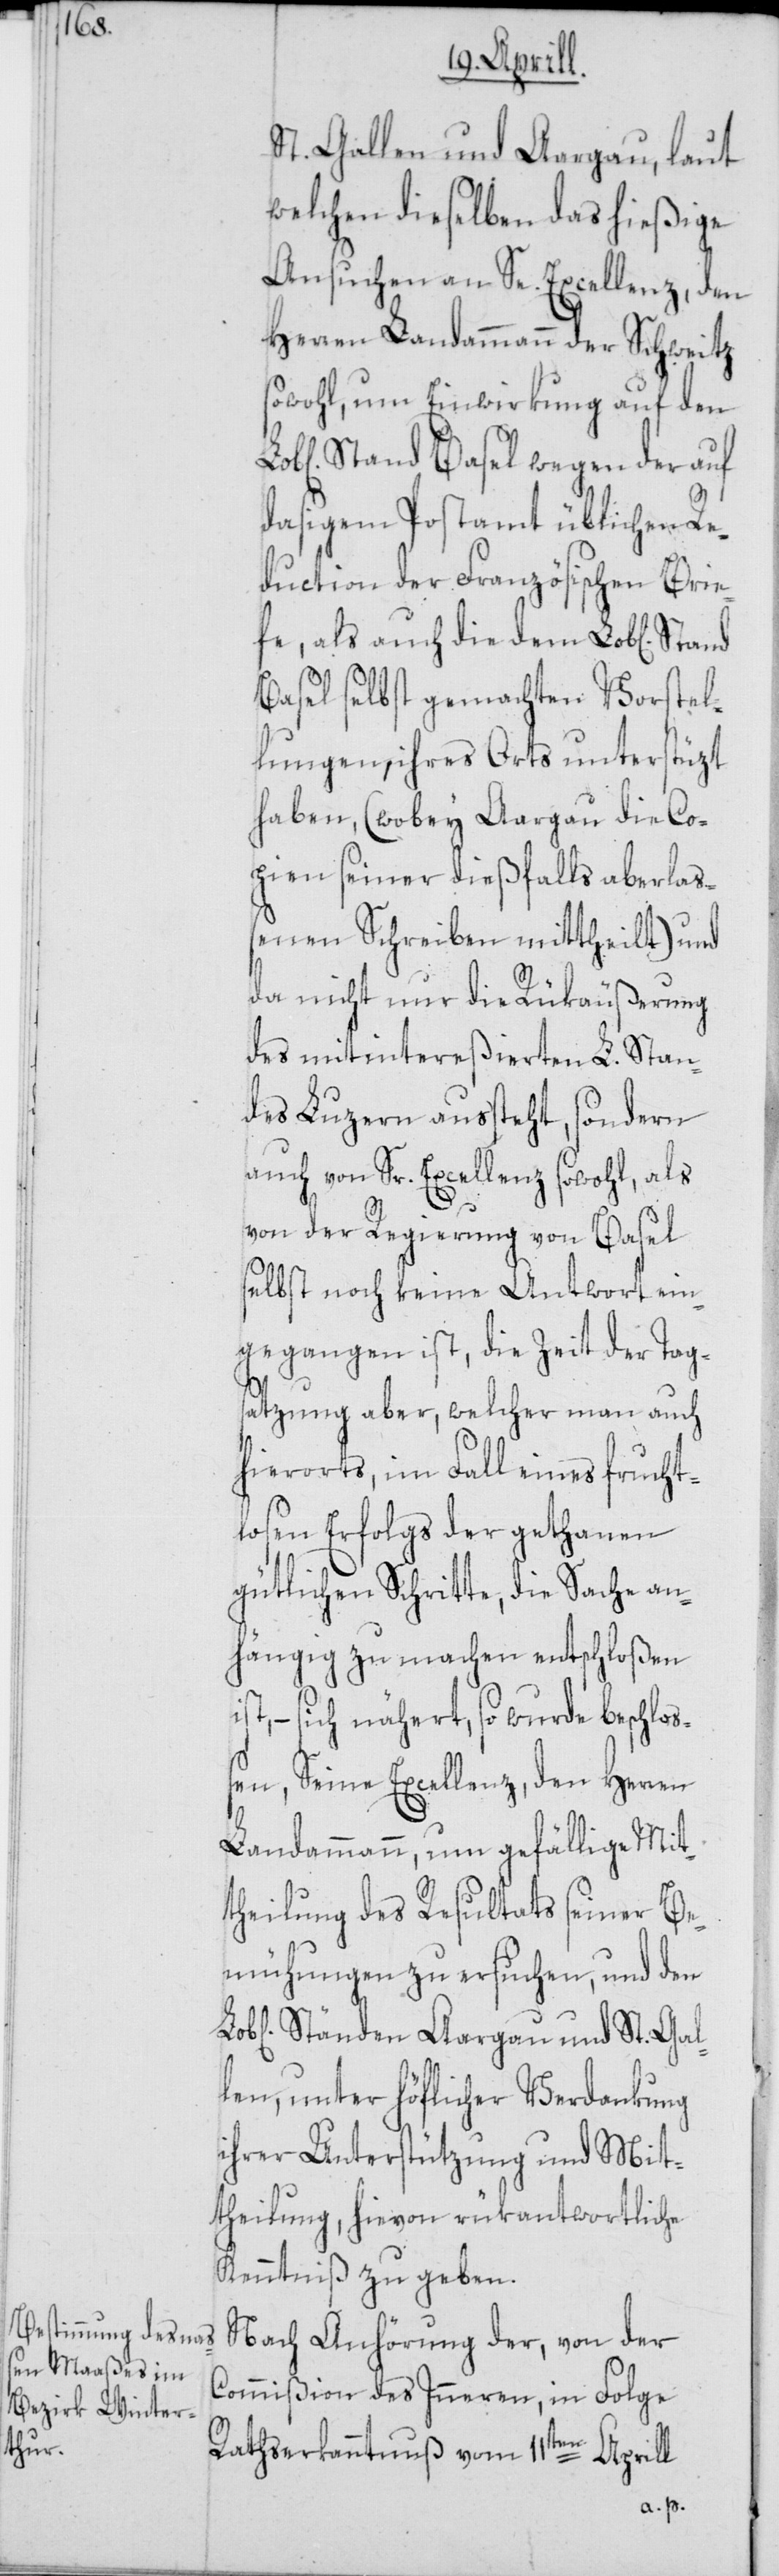
St. Gallen und Aargau, laut
welchen dieselben das hießige
ansuchen an Se. Excellenz, den
Herren Landammann der Schweitz
sowohl, um Einwirkung auf den
Stand Basel wegen der auf
dasigem Postamt üblichen Re¬
duction der Französischen Brie¬
fe, als auch die dem Lob[lichen]
Basel selbst gemachten Vorstel¬
lungen, ihres Orts unterstüzt
haben, (wobey Aargau die Co¬
pien seiner dießfalls aberlaß¬
enen Schreiben mittheilt) und
da nicht nur die Rükäußerung
des mitintereßierten L. Stan¬
des Luzern aussteht, sondern
auch von Sr. Excellenz sowohl, als
von der Regierung von Basel
selbst noch keine Antwort ein¬
gegangen ist, die Zeit der Tag¬
satzung aber, welcher man auch
hierorts, im Fall eines frucht¬
losen Erfolgs der gethanen
gütlichen Schritte, die Sache an¬
hängig zu machen entschloßen
ist, – sich nähert, so wurde beschloß¬
en, Seine Excellenz, den Herren
Landammann, um gefällige Mit¬
theilung des Resultats seiner Be¬
mühungen zu ersuchen, und den
Ständen Aargau und St. Gal¬
len, unter höflicher Verdankung
ihrer Unterstützung und Mit¬
theilung, hievon rükantwortliche
Kenntniß zu geben.
Nach Anhörung der, von der
Commißion des Inneren, in Folge
Rathserkanntnuß vom 11ten Aprill